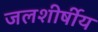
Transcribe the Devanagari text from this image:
जलशीर्षीय